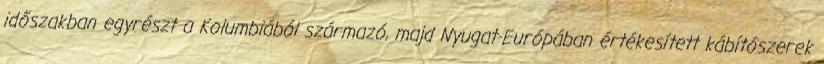
időszakban egyrészt a Kolumbiából származó, majd Nyugat-Európában értékesített kábítószerek